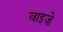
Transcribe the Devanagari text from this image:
वाइज़े